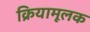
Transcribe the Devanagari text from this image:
क्रियामूलक